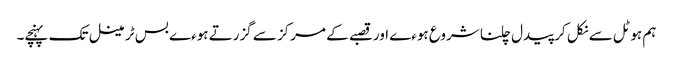
ہم ہوٹل سے نکل کر پیدل چلنا شروع ہوءے اور قصبے کے مرکز سے گزرتے ہوءے بس ٹرمینل تک پہنچے۔